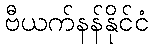
ဗီယက်နန်နိုင်ငံ